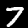
Label: 7